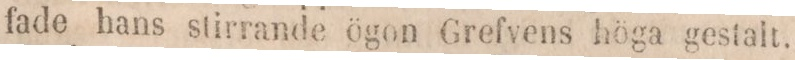
fade hans stirrande ögon Grefvens höga gestalt.